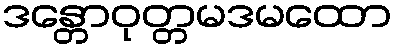
ဒန္တောဝုတ္တမဒမထော